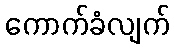
ကောက်ခံလျက်